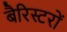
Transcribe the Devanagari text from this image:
बैरिस्टरों